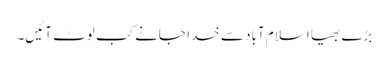
بڑے بھیا اسلام آباد سے خدا جانے کب لوٹ آئیں۔